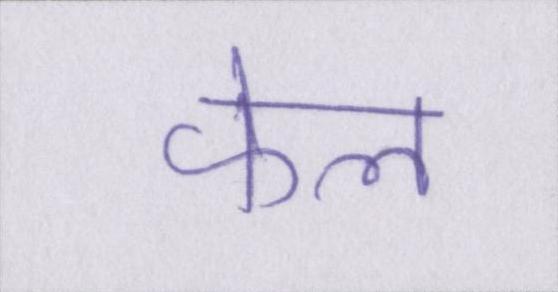
फेल